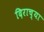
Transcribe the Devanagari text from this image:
दिराच्या